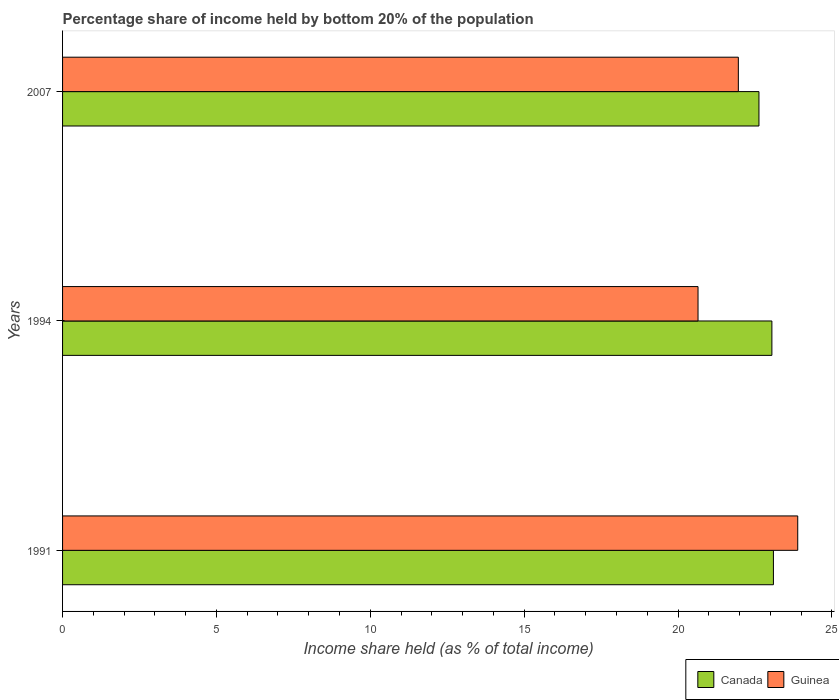
| Years | Canada | Guinea |
 | --- | --- | --- |
 | 1991 | 23.1 | 23.9 |
 | 1994 | 23.1 | 20.6 |
 | 2007 | 22.6 | 22 |